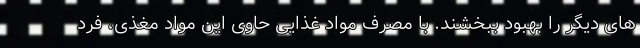
های دیگر را بهبود ببخشند. با مصرف مواد غذایی حاوی این مواد مغذی، فرد